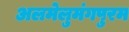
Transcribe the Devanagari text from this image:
अलमेलुमंगपुरम